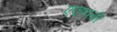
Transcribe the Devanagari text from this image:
एएएफपी